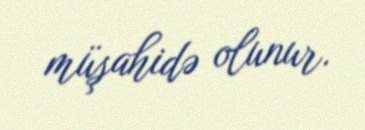
müşahidə olunur.